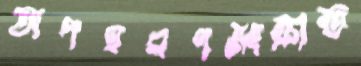
অপহরণসংক্রান্ত